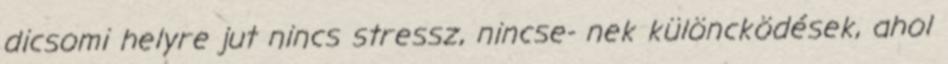
dicsomi helyre jut nincs stressz, nincse- nek különcködések, ahol